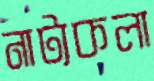
নাট্যকলা